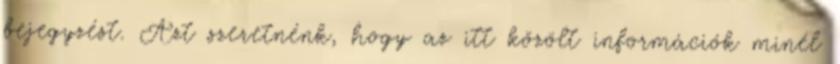
bejegyzést. Azt szeretnénk, hogy az itt közölt információk minél